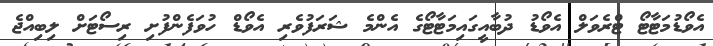
އެވޯޑުމަޓާޓޯ ޓްރެވަލް އެވޯޑު ދުބާއީގައިމަޓާޓޯގެ އެންމެ ޝަރަފުވެރި އެވޯޑް ހުވަފެންފުށި ރިސޯޓަށް ލިބިއްޖެ